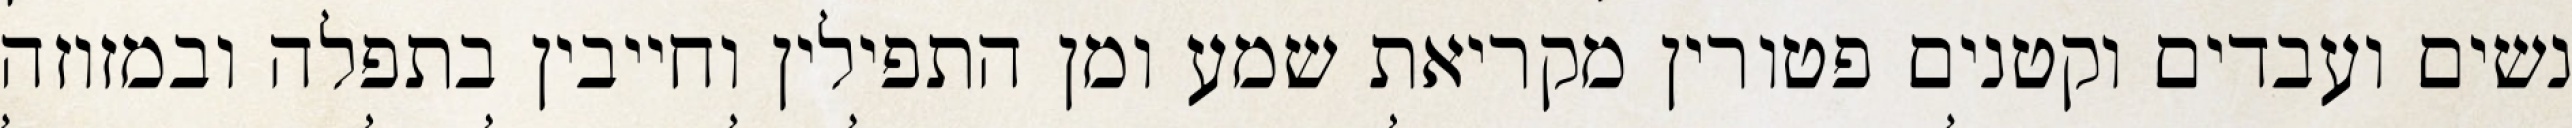
נשים ועבדים וקטנים פטורין מקריאת שמע ומן התפילין וחייבין בתפלה ובמזוזה